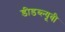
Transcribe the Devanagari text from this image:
डीडब्ल्यूबी